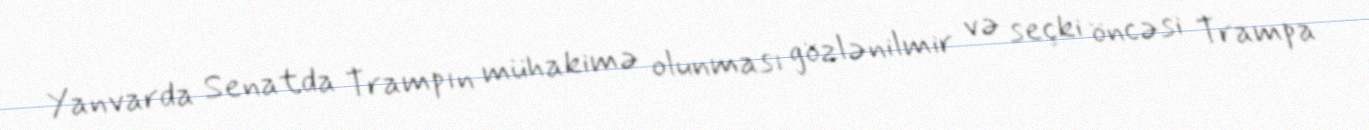
Yanvarda Senatda Trampın mühakimə olunması gözlənilmir və seçki öncəsi Trampa